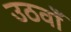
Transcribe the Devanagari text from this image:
उठवाँ